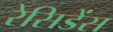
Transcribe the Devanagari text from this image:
रेसिडेंस